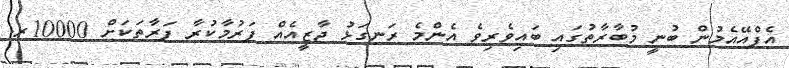
އެފްއޭއެމުން ބުނީ މުބާރާތުގައި ބައިވެރިވެ އެންމެ ރަނގަޅު ޖާޒީއެއް ފަރުމާކުރާ ފަރާތަކަށް 10000ރ.